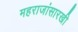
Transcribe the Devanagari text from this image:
महराजांसारखी